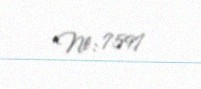
№: 7597